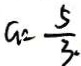
a = \frac { 5 } { 3 }